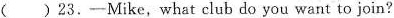
()23.-Mike,what club do you want to join?